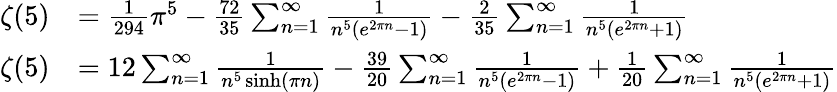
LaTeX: {\begin{array}{rl}{\zeta(5)}&{={\frac{1}{294}}\pi^{5}-{\frac{72}{35}}\sum_{n=1}^{\infty}{\frac{1}{n^{5}(e^{2\pi n}-1)}}-{\frac{2}{35}}\sum_{n=1}^{\infty}{\frac{1}{n^{5}(e^{2\pi n}+1)}}}\\ {\zeta(5)}&{=12\sum_{n=1}^{\infty}{\frac{1}{n^{5}\sinh(\pi n)}}-{\frac{39}{20}}\sum_{n=1}^{\infty}{\frac{1}{n^{5}(e^{2\pi n}-1)}}+{\frac{1}{20}}\sum_{n=1}^{\infty}{\frac{1}{n^{5}(e^{2\pi n}+1)}}}\end{array}}